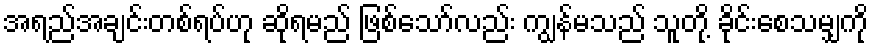
အရည်အချင်းတစ်ရပ်ဟု ဆိုရမည် ဖြစ်သော်လည်း ကျွန်မသည် သူတို့ ခိုင်းစေသမျှကို